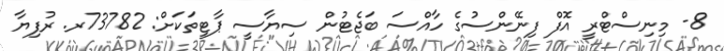
8- މިނިސްޓްރީ އޮފް ފިނޭންސުގެ ހާއްސަ ބަޖެޓުން ސިޔާސީ ޕާޓީތަކަށް: 73782ރ. ރުފިޔާ